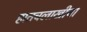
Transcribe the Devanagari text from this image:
हातचलाखीचा